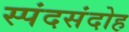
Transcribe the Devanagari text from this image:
स्पंदसंदोह